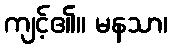
ကျင့်၏။ မနသာ၊